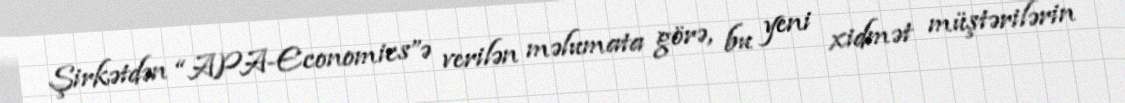
Şirkətdən “APA-Economics”ə verilən məlumata görə, bu yeni xidmət müştərilərin